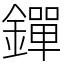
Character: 𨭐